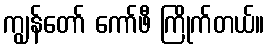
ကျွန်တော် ကော်ဖီ ကြိုက်တယ်။